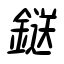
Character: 鎹